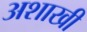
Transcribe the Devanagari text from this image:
अशाखी